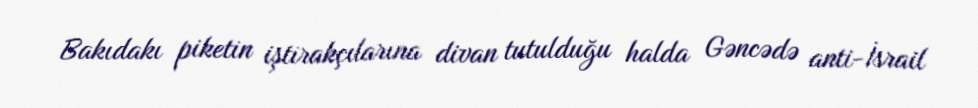
Bakıdakı piketin iştirakçılarına divan tutulduğu halda Gəncədə anti-İsrail